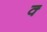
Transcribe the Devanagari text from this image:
क्‍